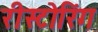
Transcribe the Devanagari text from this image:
रीस्टोरिंग